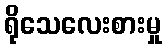
ရိုသေလေးစားမှု